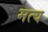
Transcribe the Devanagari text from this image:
मत्य